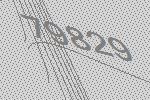
79829